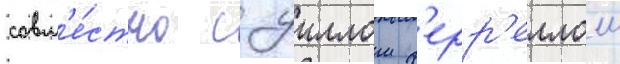
совм'е́стно с уиллом ф'ерр'еллом